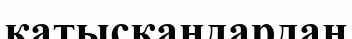
қатысқандардан